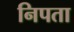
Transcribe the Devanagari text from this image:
निपता